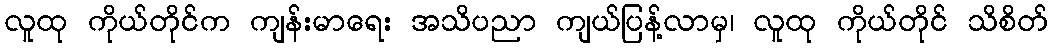
လူထု ကိုယ်တိုင်က ကျန်းမာရေး အသိပညာ ကျယ်ပြန့်လာမှ၊ လူထု ကိုယ်တိုင် သိစိတ်